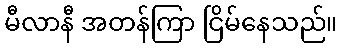
မီလာနီ အတန်ကြာ ငြိမ်နေသည်။